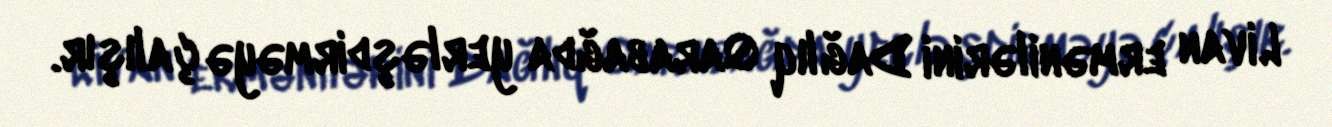
Livan ermənilərini Dağlıq Qarabağda yerləşdirməyə çalışır.